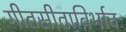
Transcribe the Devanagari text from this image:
गीतसीताविर्भावः